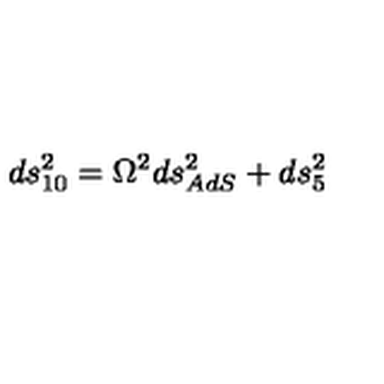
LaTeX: d s _ { 1 0 } ^ { 2 } = \Omega ^ { 2 } d s _ { A d S } ^ { 2 } + d s _ { 5 } ^ { 2 }